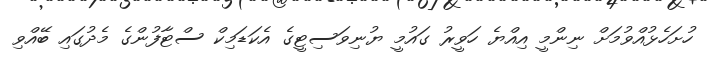
ހުށަހެޅުއްވުމަށް ނިންމީ އިއްޔެ ހަވީރު ގައުމީ ޔުނިވަސިޓީގެ އެކަޑަމިކް ސްޓާފުންގެ މެދުގައި ބޭއްވި